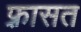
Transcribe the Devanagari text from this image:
फ़्रासत